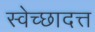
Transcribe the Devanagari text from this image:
स्वेच्छादत्त